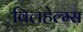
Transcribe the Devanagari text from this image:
विलहेल्म्स